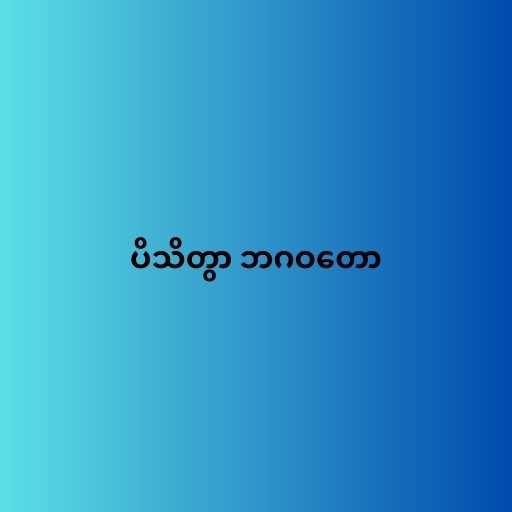
ပိသိတွာ ဘဂဝတော